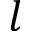
l